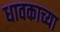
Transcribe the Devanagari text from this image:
धावकाच्या